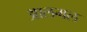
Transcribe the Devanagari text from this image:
आलमल